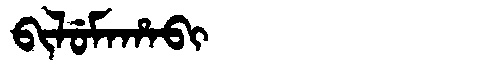
Manchu: ᠪᡳᠯᡠᠮᠠᡥᠠᠪᡳ
Romanization: BILUMAHABI